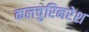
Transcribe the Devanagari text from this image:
कलचुरिनरेश